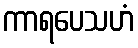
ကာရပေသဟံ